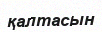
қалтасын